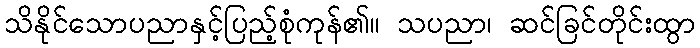
သိနိုင်သောပညာနှင့်ပြည့်စုံကုန်၏။ သပညာ၊ ဆင်ခြင်တိုင်းထွာ